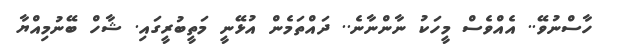
ހާސްނުވޭ.. އެއްވެސް މީހަކު ނާންނާނެ.. ދައްތަމެން އުޅޭނީ މަތީބުރީގައި. ޝާހް ބޭނުމިއްޔާ